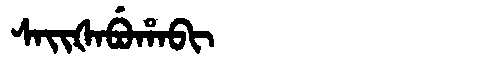
Manchu: ᠰᠠᡳᡧᠠᠪᡠᡥᠠᠪᡳ
Romanization: SAIŠABUHABI